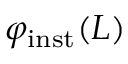
\varphi _ { \mathrm { i n s t } } ( L )